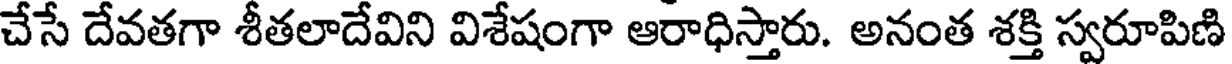
చేసే దేవతగా శీతలాదేవిని విశేషంగా ఆరాధిస్తారు. అనంత శక్తి స్వరూపిణి